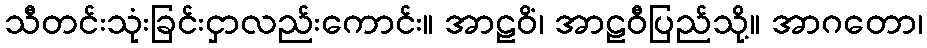
သီတင်းသုံးခြင်းငှာလည်းကောင်း။ အာဠဝိံ၊ အာဠဝီပြည်သို့။ အာဂတော၊